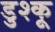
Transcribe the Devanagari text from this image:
डुश्कू